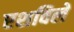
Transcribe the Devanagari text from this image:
एशविले